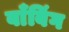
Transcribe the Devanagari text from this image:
बाँबिंग